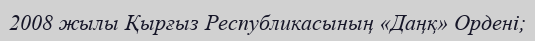
2008 жылы Қырғыз Республикасының «Даңқ» Ордені;